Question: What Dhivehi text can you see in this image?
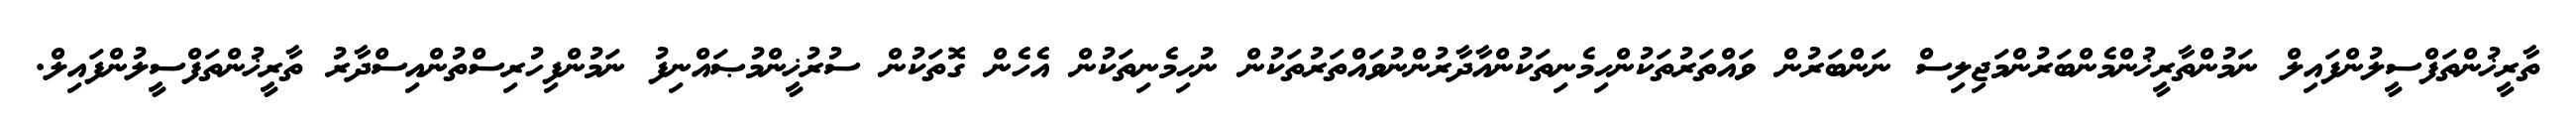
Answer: ތާރީޚުންތަފްސީލުންފައިލް ނަމުންތާރީޚުންމެންބަރުންމަޖިލިސް ނަންބަރުން ވައްތަރުތަކުންހިމެނިތަކުންއާދާރުންނުވައްތަރުތަކުން ނުހިމެނިތަކުން އެހެން ގޮތަކުން ސުރުޚީންމުޞައްނިފު ނަމުންފިހުރިސްތުންއިސްދާރު ތާރީޚުންތަފްސީލުންފައިލް.